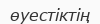
өуестіктің